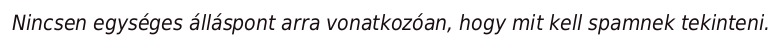
Nincsen egységes álláspont arra vonatkozóan, hogy mit kell spamnek tekinteni.